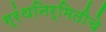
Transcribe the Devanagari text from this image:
ग्रंथनिर्मितीचे